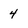
Character: 4